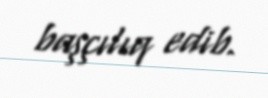
başçılıq edib.